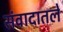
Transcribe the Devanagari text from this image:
संवादातले